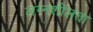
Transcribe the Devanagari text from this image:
लग्नशीलता